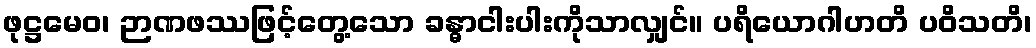
ဖုဋ္ဌမေဝ၊ ဉာဏဖဿဖြင့်တွေ့သော ခန္ဓာငါးပါးကိုသာလျှင်။ ပရိယောဂါဟတိ ပဝိသတိ၊